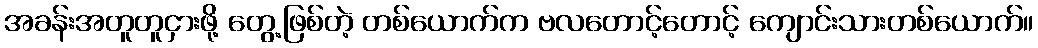
အခန်းအတူတူငှားဖို့ တွေ့ဖြစ်တဲ့ တစ်ယောက်က ဗလတောင့်တောင့် ကျောင်းသားတစ်ယောက်။